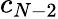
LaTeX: c_{N-2}